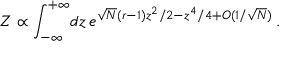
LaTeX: { \cal Z } \propto \int _ { - \infty } ^ { + \infty } \! d z \, e ^ { \sqrt { N } ( r - 1 ) z ^ { 2 } / 2 - z ^ { 4 } / 4 + { \cal O } ( 1 / \sqrt { N } ) } \, .